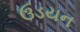
ઉડયન